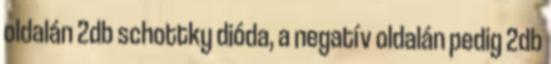
oldalán 2db schottky dióda, a negatív oldalán pedig 2db